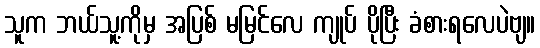
သူက ဘယ်သူ့ကိုမှ အပြစ် မမြင်လေ ကျုပ် ပိုပြီး ခံစားရလေပဲဗျ။